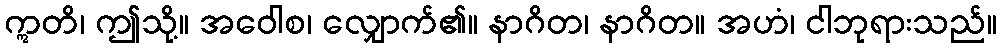
ဣတိ၊ ဤသို့။ အဝေါစ၊ လျှောက်၏။ နာဂိတ၊ နာဂိတ။ အဟံ၊ ငါဘုရားသည်။